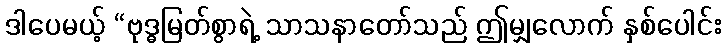
ဒါပေမယ့် “ဗုဒ္ဓမြတ်စွာရဲ့ သာသနာတော်သည် ဤမျှလောက် နှစ်ပေါင်း